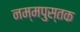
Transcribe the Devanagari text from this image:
नम्मपुस्तक